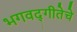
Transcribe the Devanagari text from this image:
भगवद्‌गीतेचे